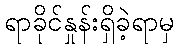
ရာခိုင်နှုန်းရှိခဲ့ရာမှ